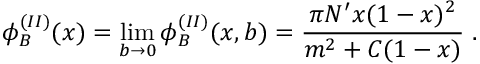
\phi _ { B } ^ { ( I I ) } ( x ) = \operatorname * { l i m } _ { b \to 0 } \phi _ { B } ^ { ( I I ) } ( x , b ) = \frac { \pi N ^ { \prime } x ( 1 - x ) ^ { 2 } } { m ^ { 2 } + C ( 1 - x ) } \; .